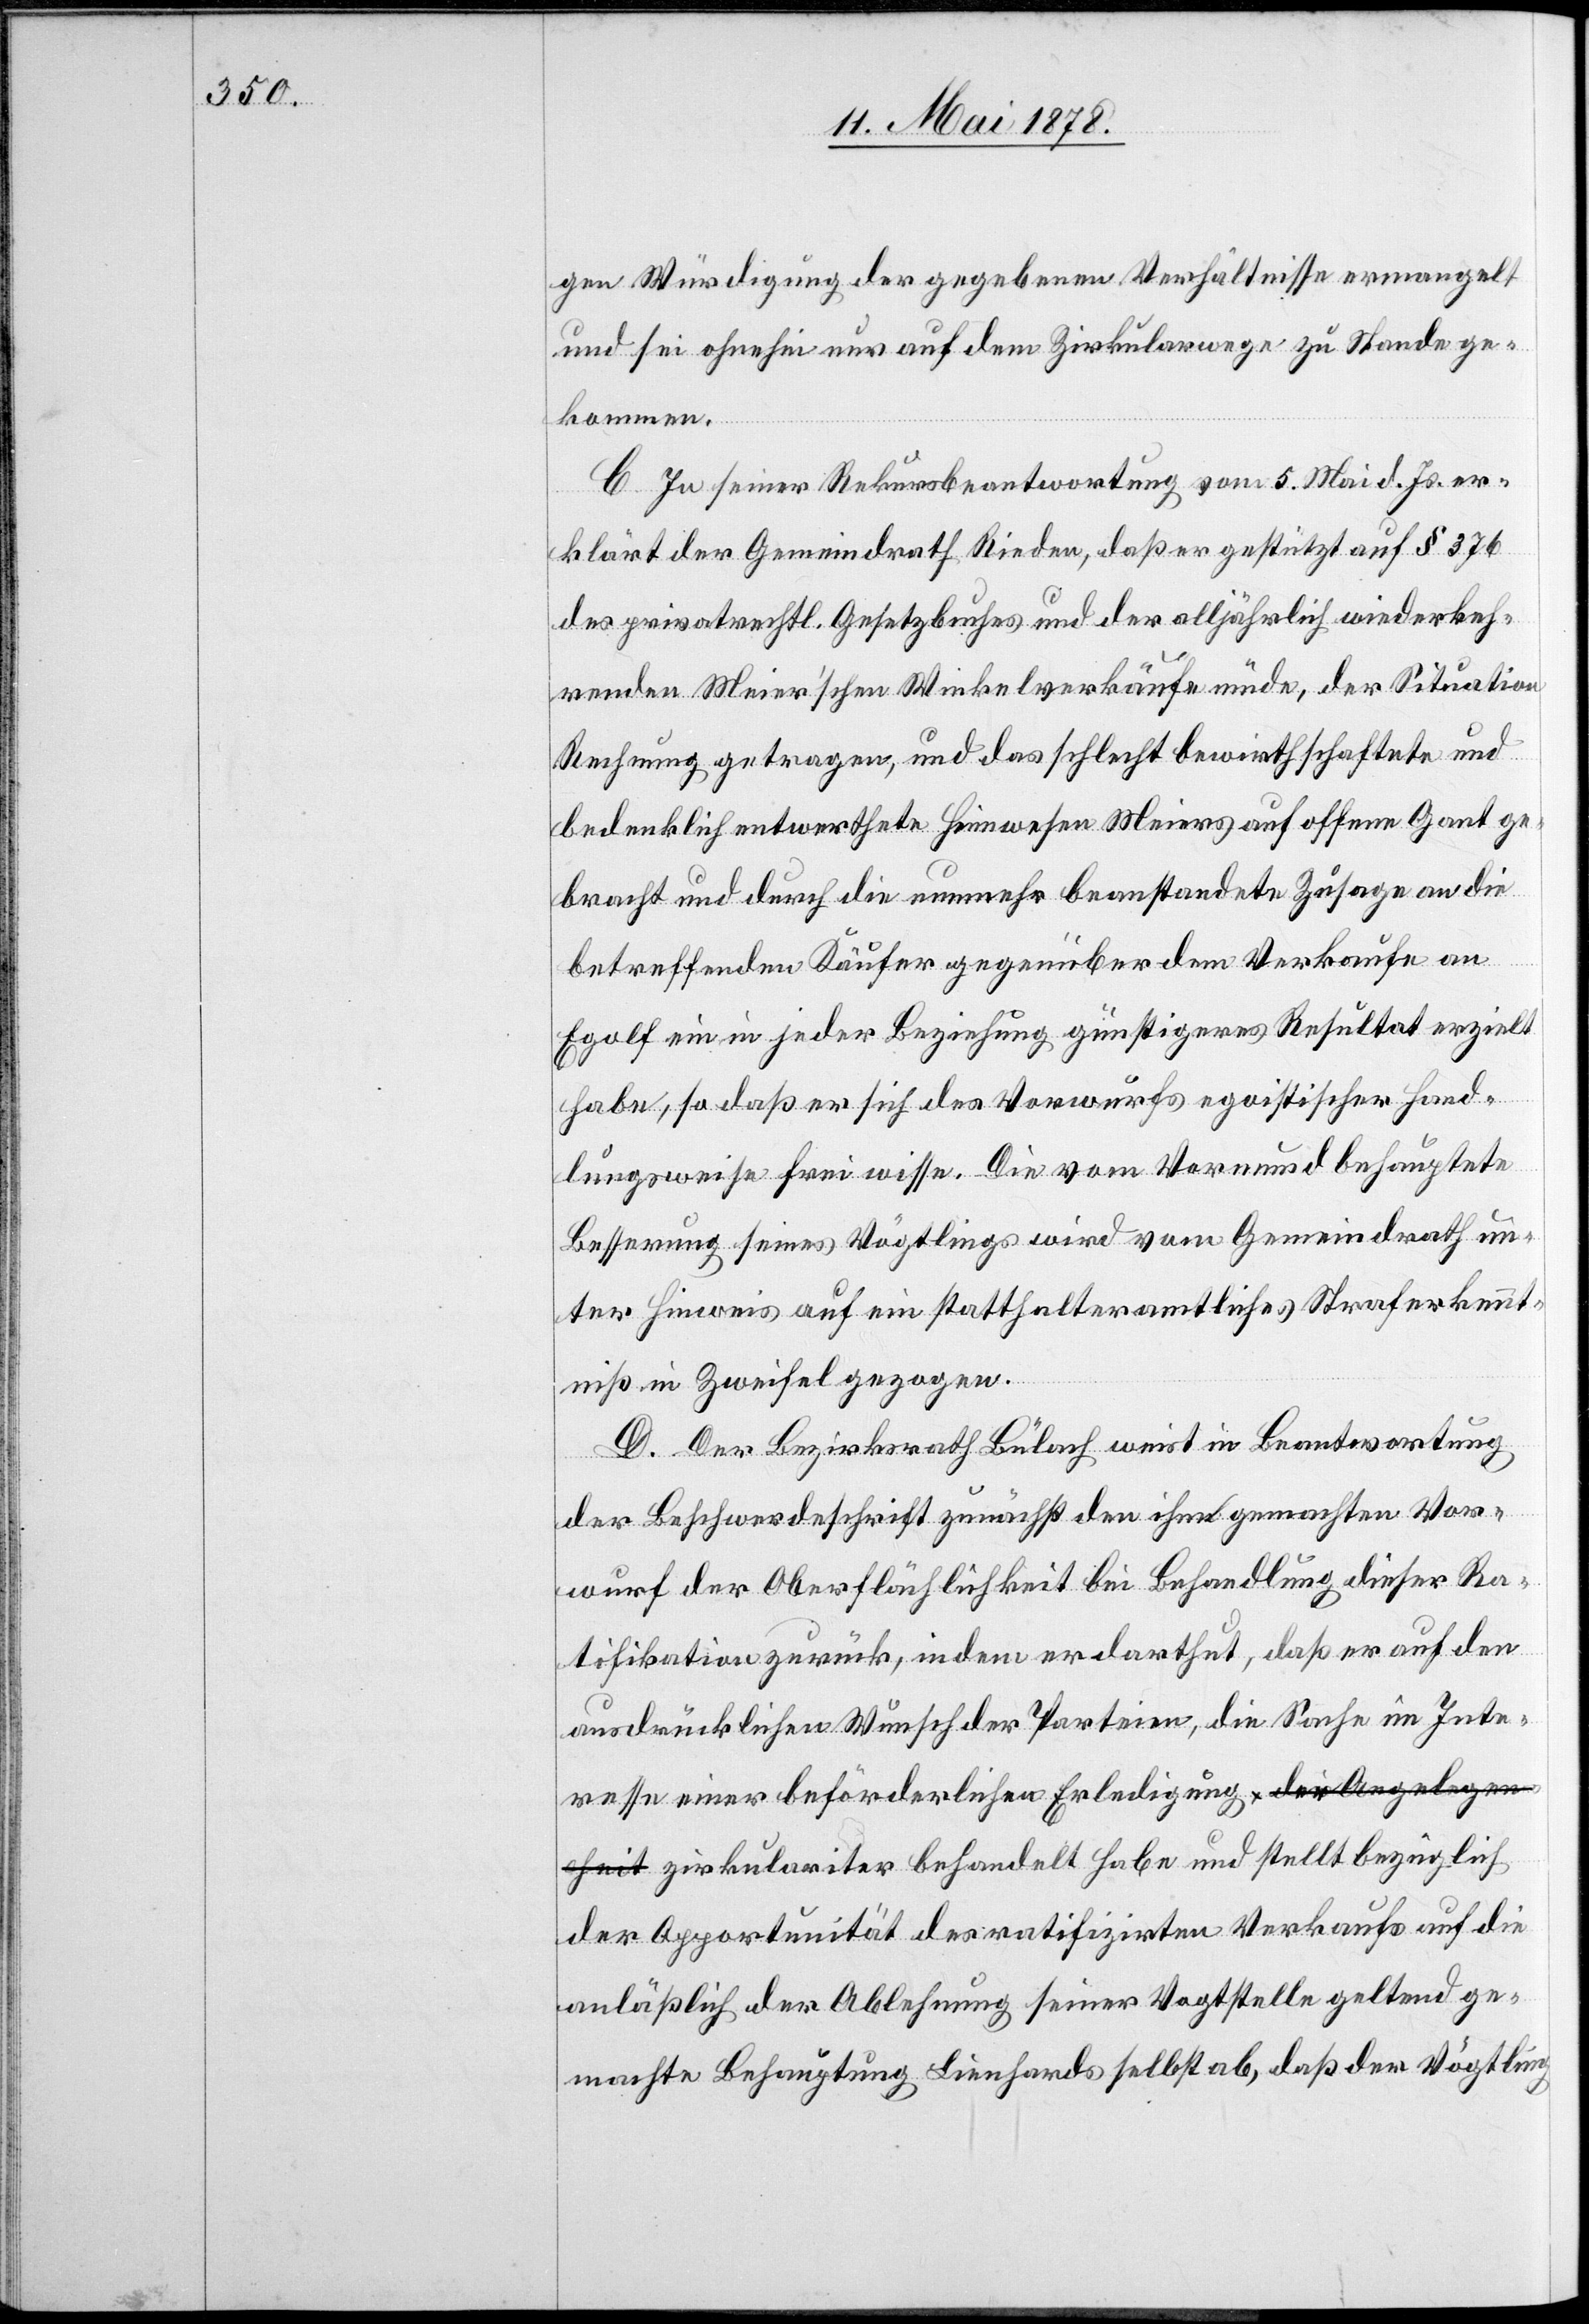
gen Würdigung der gegebenen Verhältnisse ermangelt
und sei ohnehin nur auf dem Zirkularwege zu Stande ge¬
kommen.
C. In seiner Rekursbeantwortung vom 5. Mai d. Js. er¬
klärt der Gemeindrath Rieden, daß er gestützt auf § 376
des privatrechtl. Gesetzbuches und der alljährlich wiederkeh¬
renden Meier’schen Winkelverkäufe müde, der Situation
Rechnung getragen, und das schlecht bewirthschaftete und
bedenklich entwerthete Heimwesen Meiers auf offene Gant ge¬
bracht und durch die nunmehr beanstandete Zusage an die
betreffenden Käufer gegenüber dem Verkaufe an
Egolf ein in jeder Beziehung günstigeres Resultat erzielt
habe, so daß er sich des Vorwurfes egoistischer Hand¬
lungsweise frei wisse. Die vom Vormund behauptete
Besserung seines Vögtlings wird vom Gemeindrath un¬
ter Hinweis auf ein statthalteramtliches Straferkennt¬
niß in Zweifel gezogen.
D. Der Bezirksrath Bülach weist in Beantwortung
der Beschwerdeschrift zunächst den ihm gemachten Vor¬
wurf der Oberflächlichkeit bei Behandlung dieser Ra¬
tifikation zurück, indem er darthut, daß er auf den
ausdrücklichen Wunsch der Parteien, die Sache im Inte¬
resse einer beförderlichen Erledigung a-die Angelegen¬
heit-a zirkulariter behandelt habe und stellt bezüglich
der Opportunität des ratifizirten Verkaufs auf die
anlässlich der Ablehnung seiner Vogtstelle geltend ge¬
machte Behauptung Lienhards selbst ab, daß der Vögtling